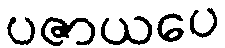
ပဇာယပေ